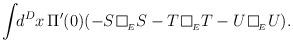
LaTeX: \begin{align*}\int\!\!d^{D}x\,\Pi'(0)(-S\,\framebox(7,7){}_{_{E}}S-T\,\framebox(7,7){}_{_{E}}T-U\,\framebox(7,7){}_{_{E}}U).\end{align*}